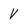
Character: v